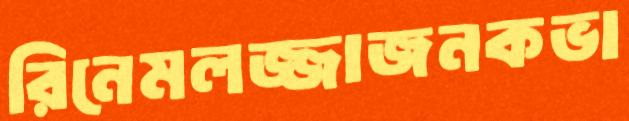
রিনেমলজ্জাজনকভা